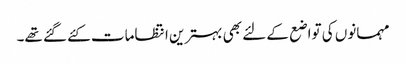
مہمانوں کی تواضع کے لئے بھی بہترین انتظامات کئے گئے تھے۔